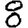
Digit: 8